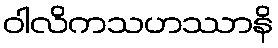
ဝါလိကသဟဿာနိ